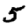
Digit: 5